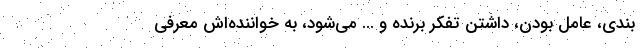
بندی، عامل بودن، داشتن تفکر برنده و ... می‌شود، به خواننده‌اش معرفی